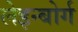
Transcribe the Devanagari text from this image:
लेइन्बोर्ग